Source: Handwritten
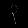
Digit: ၃ (3)